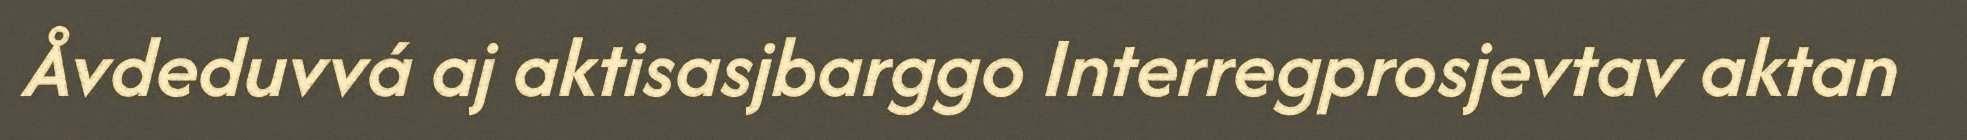
Åvdeduvvá aj aktisasjbarggo Interregprosjevtav aktan